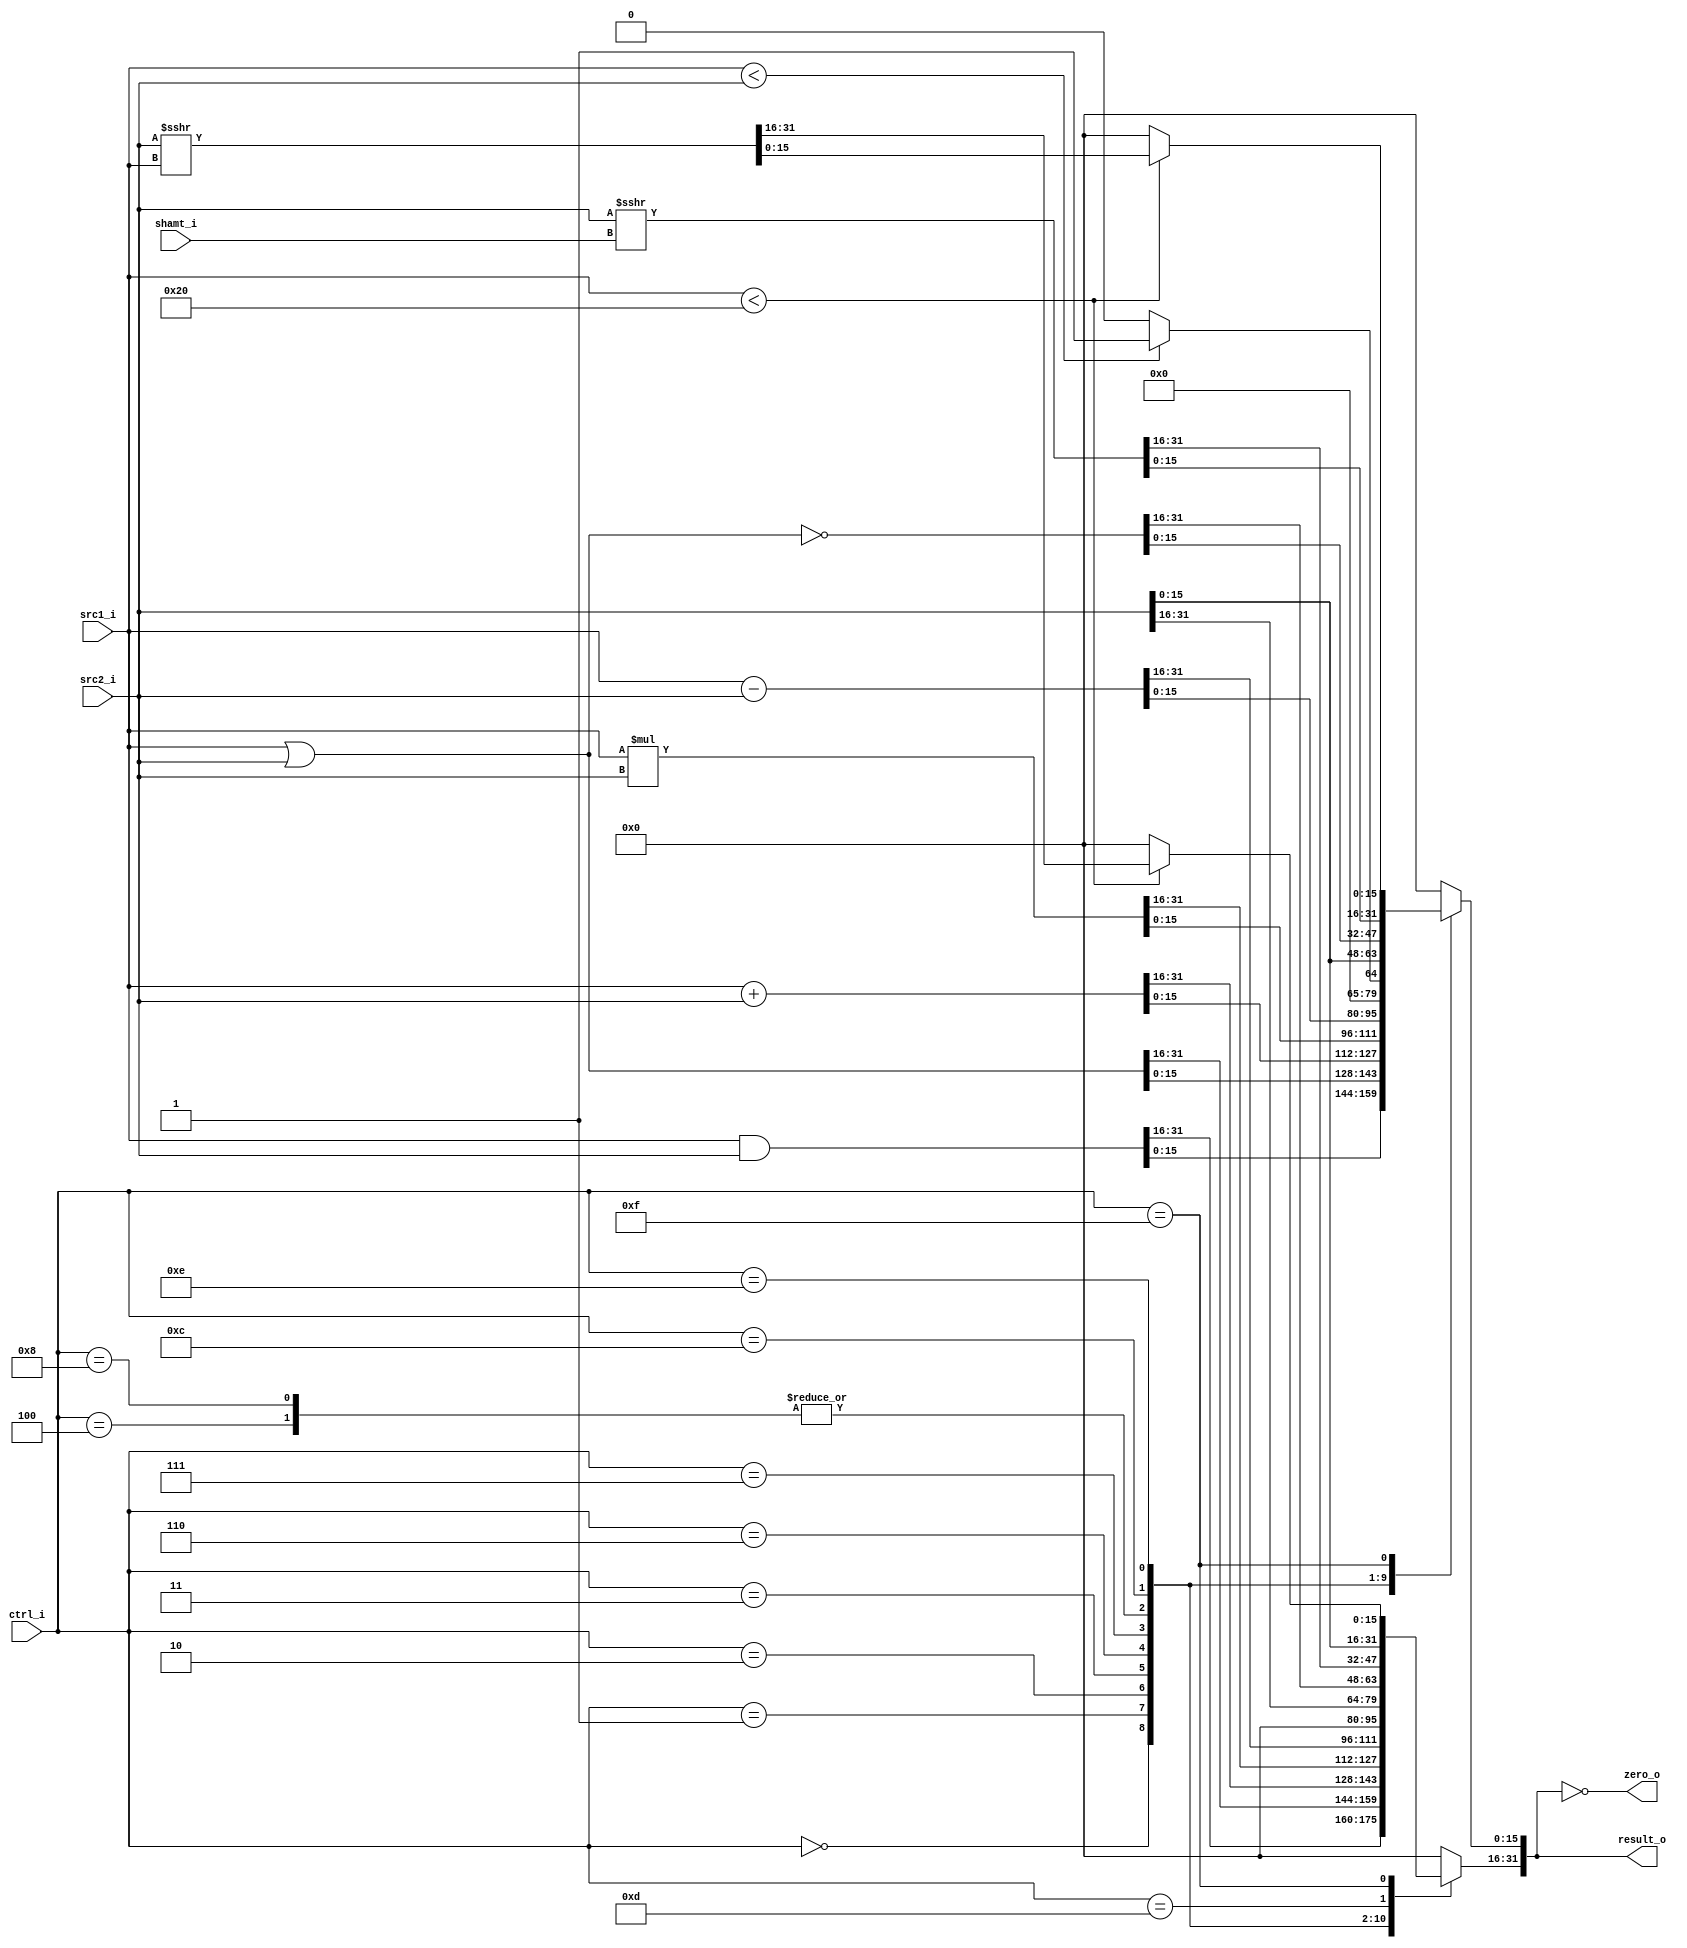
`timescale 1ns / 1ps
//Subject:     CO project 3 - ALU
//--------------------------------------------------------------------------------
//Version:     1
//--------------------------------------------------------------------------------
//Writer:      0510002 K 0510009 i
//--------------------------------------------------------------------------------
//--------------------------------------------------------------------------------
//Description: 
//--------------------------------------------------------------------------------

module ALU(
    src1_i,    //32 bit src1_i   (input)
	src2_i,    //32 bit src2_i   (input)
	ctrl_i,    //4 bit ctrl_i    (input)
	shamt_i,   //5 bit shamt_i   (input)
	result_o,  //32 bit result_o (output)
	zero_o     //1 bit zero_o    (output)
	);
     
//I/O ports
input  [31:0]    src1_i;
input  [31:0]	 src2_i;
input  [3:0]     ctrl_i;
input  [4:0]     shamt_i;

output [31:0]	 result_o;
output           zero_o;

//Internal signals
reg    [31:0]    result_o;
assign zero_o = (result_o == 0);
reg signed [31:0] shiftAmount;

//Main function
always@ (*) begin
	case (ctrl_i)
		4'b0000: result_o <= src1_i & src2_i;          //and
		4'b0001: result_o <= src1_i | src2_i;          //or
		4'b0010: result_o <= src1_i + src2_i;          //add
		4'b0011: result_o <= src1_i * src2_i;          //mul
		4'b0100: result_o <= src2_i;                   //jr
		4'b0110: result_o <= src1_i - src2_i;          //sub
		4'b0111: result_o <= src1_i < src2_i ? 1 : 0;  //slt
		4'b1000: result_o <= src2_i;                   //li
		4'b1100: result_o <= ~(src1_i | src2_i);       //nor
		4'b1110: begin                                 //sra
			shiftAmount = src2_i;
			result_o <= shiftAmount >>> shamt_i;
		end
		4'b1101: begin                                 //lui
			result_o[15:0] <= 0;
			result_o[31:16] <= src2_i[15:0];
		end
		4'b1111: begin                                 //srav
			if(src1_i < 32) begin
				shiftAmount = src2_i;
				result_o <= shiftAmount >>> src1_i;
			end
			else result_o <= 0;
		end
		default: result_o <= 0;
	endcase
end

endmodule